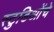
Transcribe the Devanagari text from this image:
स्टुडिओंचे